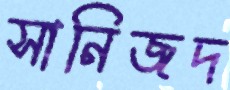
সানিজদ